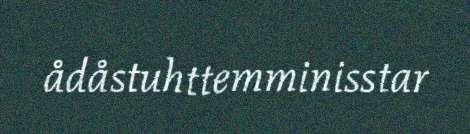
ådåstuhttemminisstar